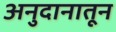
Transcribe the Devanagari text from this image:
अनुदानातून